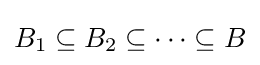
B_{1}\subseteq B_{2}\subseteq \cdots \subseteq B